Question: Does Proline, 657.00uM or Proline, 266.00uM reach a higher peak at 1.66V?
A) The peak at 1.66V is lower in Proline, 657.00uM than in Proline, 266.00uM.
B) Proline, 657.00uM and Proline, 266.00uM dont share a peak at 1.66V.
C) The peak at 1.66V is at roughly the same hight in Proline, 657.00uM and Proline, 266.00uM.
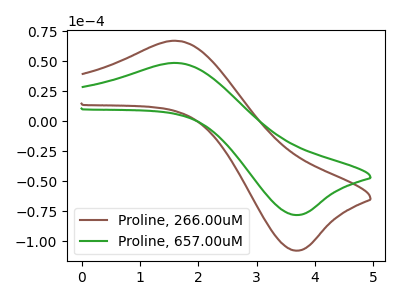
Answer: <think>The brown curve "Proline, 266.00uM" has an anodic peak at (1.65V, 67.10uA) and a cathodic peak at (3.70V, -107.85uA). The green curve "Proline, 657.00uM" has an anodic peak at (1.65V, 48.60uA) and a cathodic peak at (3.70V, -78.15uA).</think>
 <answer>A) The peak at 1.66V is lower in "Proline, 657.00uM" than in "Proline, 266.00uM".</answer>
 <eval>A</eval>